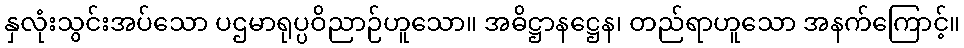
နှလုံးသွင်းအပ်သော ပဌမာရုပ္ပဝိညာဉ်ဟူသော။ အဓိဋ္ဌာနဋ္ဌေန၊ တည်ရာဟူသော အနက်ကြောင့်။